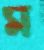
ম